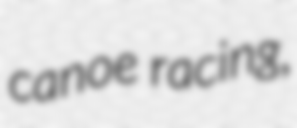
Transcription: canoe racing,